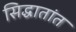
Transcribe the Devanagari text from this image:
सिद्धातांत